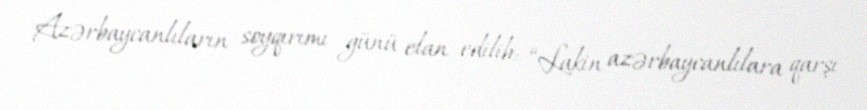
Azərbaycanlıların soyqırımı günü elan edilib: “Lakin azərbaycanlılara qarşı